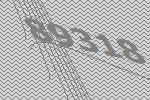
89318